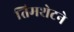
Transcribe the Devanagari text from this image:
तिमशेटने